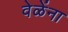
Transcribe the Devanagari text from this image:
वेळेंना